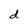
Character: d